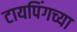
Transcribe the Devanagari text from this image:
टायपिंगच्या